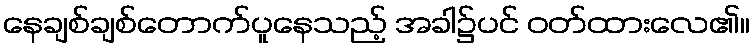
နေချစ်ချစ်တောက်ပူနေသည့် အခါ၌ပင် ဝတ်ထားလေ၏။